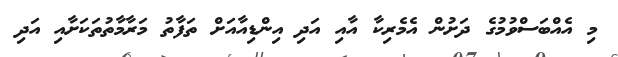
މި އެއްބަސްވުމުގެ ދަށުން އެމެރިކާ އާއި އަދި އިންޑިއާއަށް ތަފާތު މަރާމާތުތަކަށާއި އަދި